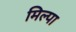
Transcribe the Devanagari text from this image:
मिल्पा